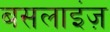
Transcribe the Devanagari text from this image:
बसलाइंज़